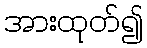
အားထုတ်၍